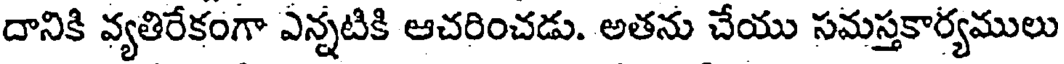
దానికి వ్యతిరేకంగా ఎన్నటికి ఆచరించడు. అతను చేయు సమస్తకార్యములు